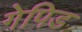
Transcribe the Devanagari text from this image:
गेपिड